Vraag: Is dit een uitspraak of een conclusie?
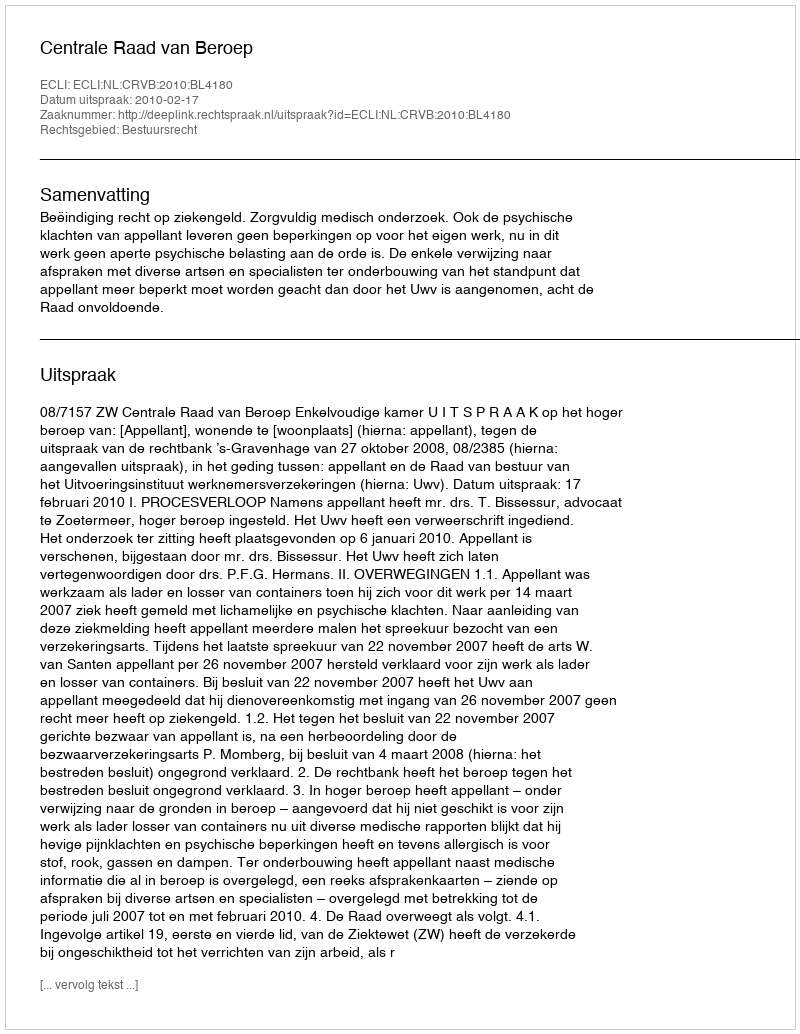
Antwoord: Uitspraak